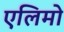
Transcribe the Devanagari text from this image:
एलिमो